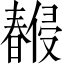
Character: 𣋨